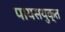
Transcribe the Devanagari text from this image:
पायसयुक्त